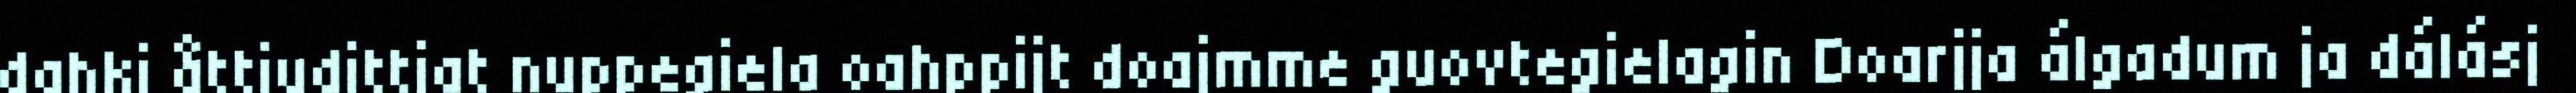
dahki åttjudittjat nuppegiela oahppijt doajmme guovtegielagin Doarjja álgadum ja dálásj